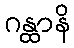
ဂန္ထာနိ